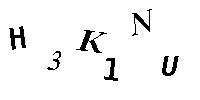
H3K1NU